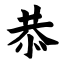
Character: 恭